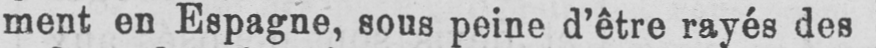
ment en Espagne, sous peine d’être rayés des